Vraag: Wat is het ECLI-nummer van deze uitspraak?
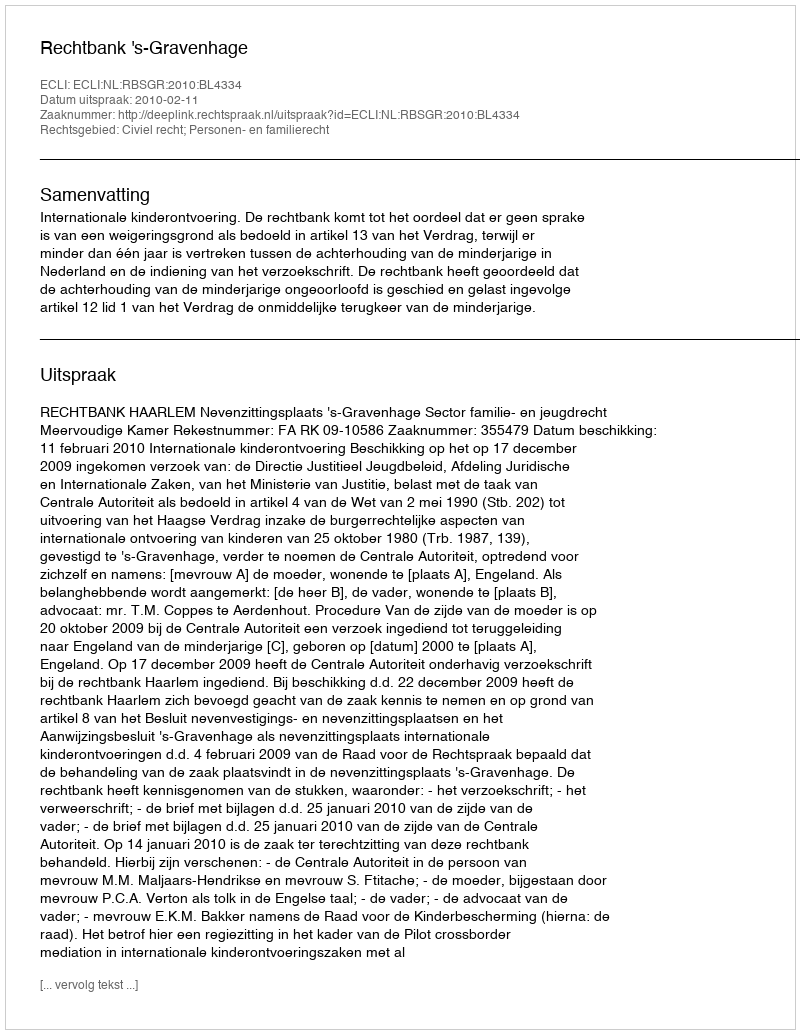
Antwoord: ECLI:NL:RBSGR:2010:BL4334